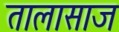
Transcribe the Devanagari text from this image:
तालासाज